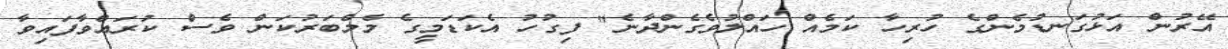
އޭރުން އަޅުގަނޑުމެންގެ ހުރިހާ ކަމެއް ހައްލުވެގެންދާނެ" ފިގުހު އެކަޑަމީގެ މެމްބަރުކަން ވެސް ކުރައްވާފައިވާ